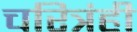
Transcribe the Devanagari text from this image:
चरित्रंही